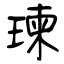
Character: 瑓